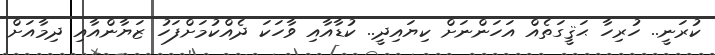
ކުރަނީ.. ހުރިހާ ޙަޤީގަތެއް އަހަންނަށް ކިޔައިދީ.. ކުޑާއާއި ވާހަކަ ދެއްކުމަށްފަހު ޒަޔާންއާއި ދިމާއަށް